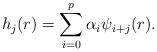
LaTeX: \begin{align*} h_j(r)=\sum_{i=0}^{p} \alpha_i \psi_{i+j}(r).\end{align*}